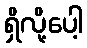
ရှိလို့ပေါ့